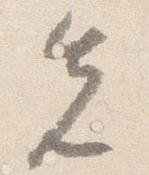
先